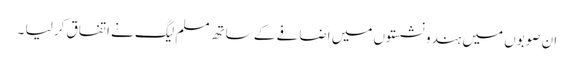
ان صوبوں میں ہندو نشستوں میں اضافے کے ساتھ مسلم لیگ نے اتفاق کر لیا ۔